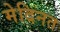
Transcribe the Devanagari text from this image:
मेदिनत